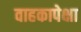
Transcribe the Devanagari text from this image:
वाहकापेक्षा